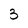
Character: 3